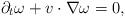
LaTeX: \begin{align*}\partial_{t}\omega+v\cdot\nabla\omega=0,\end{align*}